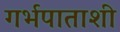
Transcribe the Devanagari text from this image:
गर्भपाताशी